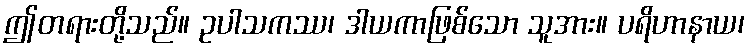
ဤတရားတို့သည်။ ဥပါသကဿ၊ ဒါယကာဖြစ်သော သူအား။ ပရိဟာနာယ၊